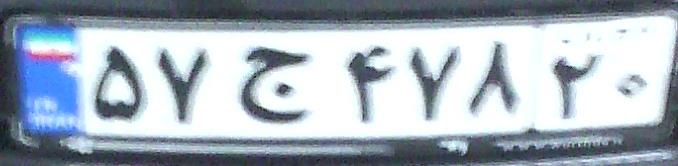
۵۷ج۴۷۸۲۰